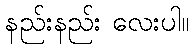
နည်းနည်း လေးပါ။